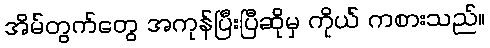
အိမ်တွက်တွေ အကုန်ပြီးပြီဆိုမှ ကိုယ် ကစားသည်။